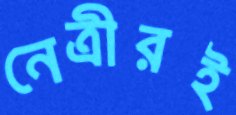
নেত্রীরই